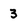
Character: 3